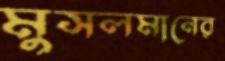
মুসলমানের